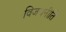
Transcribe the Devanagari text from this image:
विजयनीति